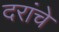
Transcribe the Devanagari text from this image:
दरांचे